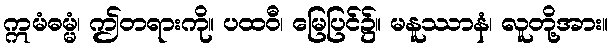
ဣမံဓမ္မံ၊ ဤတရားကို။ ပထဝီ၊ မြေပြင်၌။ မနူဿာနံ၊ လူတို့အား။